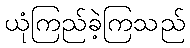
ယုံကြည်ခဲ့ကြသည်